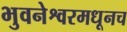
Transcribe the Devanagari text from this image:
भुवनेश्वरमधूनच